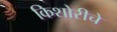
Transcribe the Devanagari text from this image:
किशोरीचे